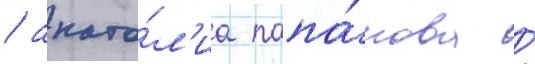
/ анато́л'иа папа́нова /